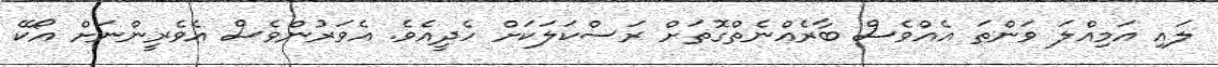
ލައި އަމިއްލަ ވަންތަ އެއްވެސް ބާރެއްނެތްގޮތަށް ރަސްކަލަކަށް ހެދީއެވެ. އެވަރުންވެސް އެވެރީންނަށް އޯކޭ